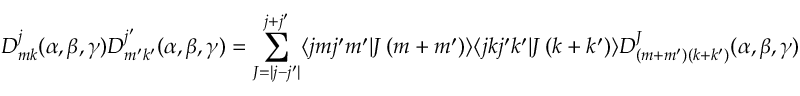
D _ { m k } ^ { j } ( \alpha , \beta , \gamma ) D _ { m ^ { \prime } k ^ { \prime } } ^ { j ^ { \prime } } ( \alpha , \beta , \gamma ) = \sum _ { J = | j - j ^ { \prime } | } ^ { j + j ^ { \prime } } \langle j m j ^ { \prime } m ^ { \prime } | J \left( m + m ^ { \prime } \right) \rangle \langle j k j ^ { \prime } k ^ { \prime } | J \left( k + k ^ { \prime } \right) \rangle D _ { \left( m + m ^ { \prime } \right) \left( k + k ^ { \prime } \right) } ^ { J } ( \alpha , \beta , \gamma )